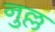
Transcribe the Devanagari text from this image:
नुल्ल